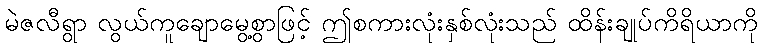
မဲဇလီရွာ လွယ်ကူချောမွေ့စွာဖြင့် ဤစကားလုံးနှစ်လုံးသည် ထိန်းချုပ်ကိရိယာကို